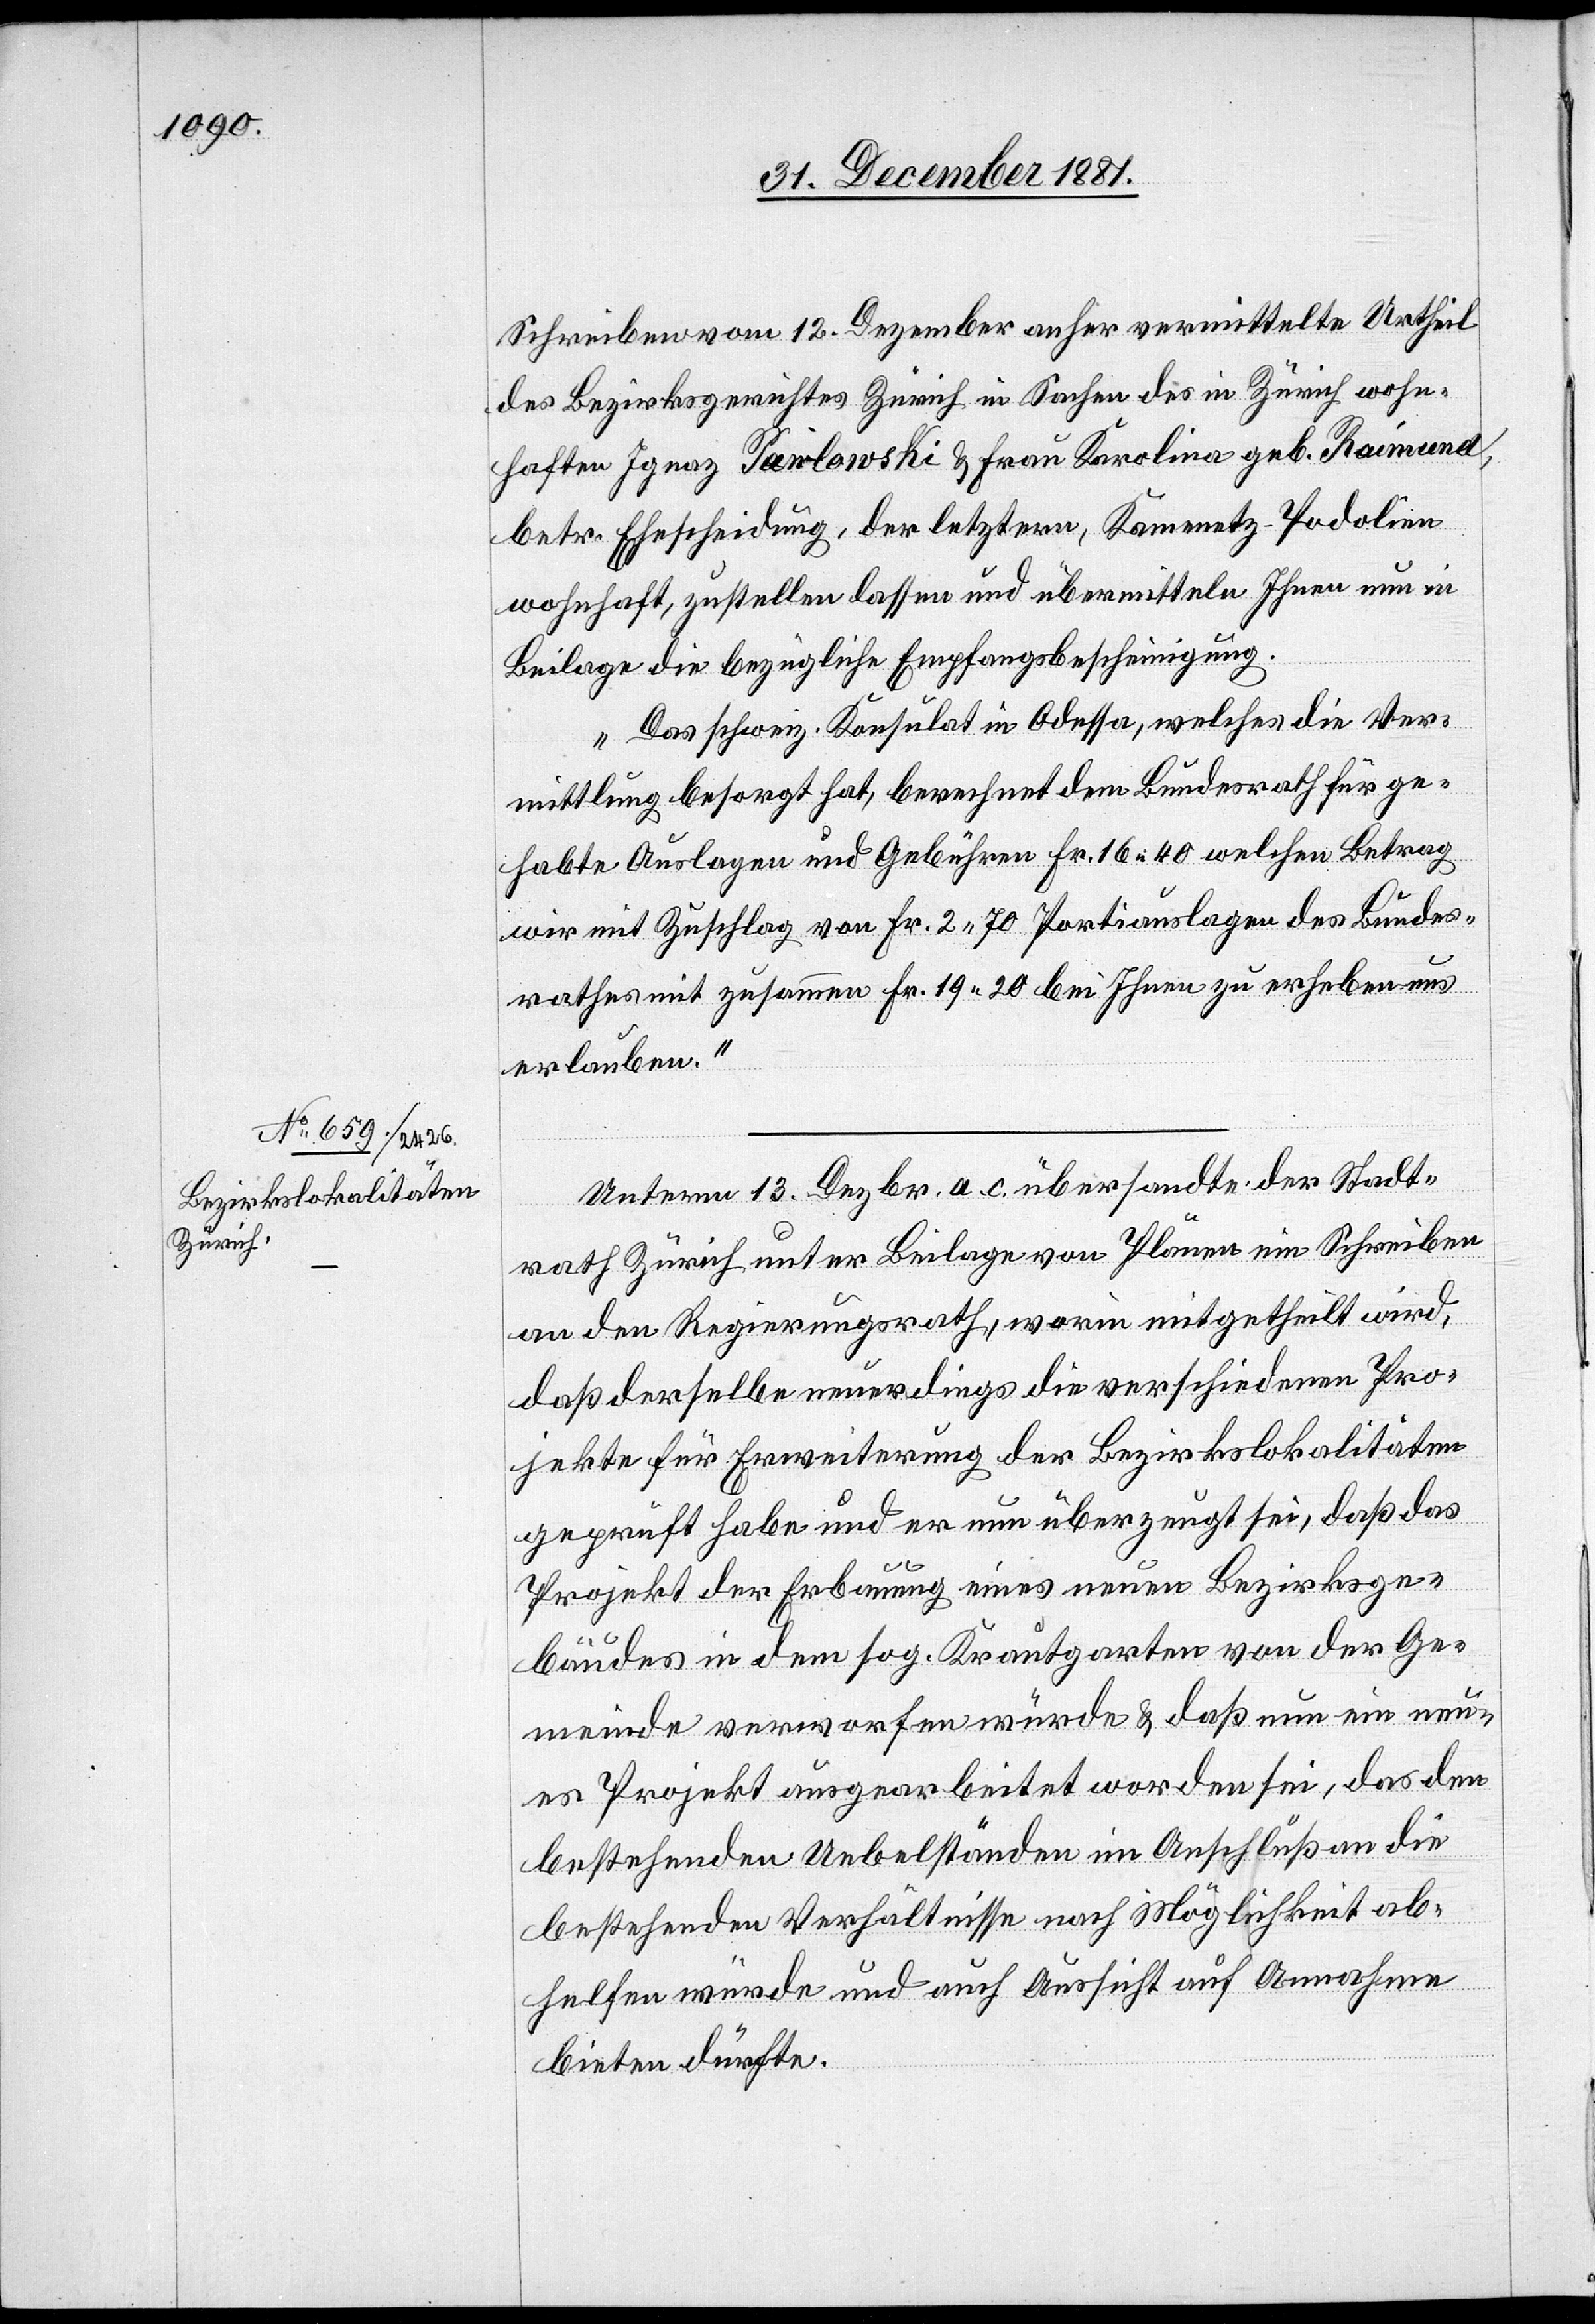
Schreiben vom 12. Dezember anher vermittelte Urtheil
des Bezirksgerichtes Zürich in Sachen des in Zürich wohn¬
haften Pawlowski & Frau Karolina geb. Raimund,
betr. Ehescheidung, der letztern, Kamenetz - Podolien
wohnhaft, zustellen lassen und übermitteln Ihnen nun in
Beilage die bezügliche Empfangsbescheinigung.
Das schweiz. Konsulat in Odessa, welches die Ver¬
mittlung besorgt hat, berechnet dem Bundesrath für ge¬
habte Auslagen und Gebühren Fr. 16 40 welchen Betrag
wir mit Zuschlag von Fr. 2 70 Portiauslagen des Bundes¬
rathes mit zusammen Fr. 19 20 bei Ihnen zu erheben und
erlauben.“
Unterm 13. Dezbr. a. c. übersandte der Stadt¬
rath Zürich unter Beilage von Plänen ein Schreiben
an den Regierungsrath, worin mitgetheilt wird,
daß derselbe neuerdings die verschiedenen Pro¬
jekte für Erweiterung der Bezirkslokalitäten
geprüft habe und er nun überzeugt sei, daß das
4.
Projekt der Erbauung eines neuen Bezirksge¬
bäudes in dem sog. Krautgarten von der Ge¬
meinde verworfen würde & daß nun ein neu¬
es Projekt ausgearbeitet worden sei, das den
bestehenden Uebelständen im Anschluß an die
bestehenden Verhältnisse nach Möglichkeit ab¬
helfen würde und auch Aussicht auf Annahme
bieten dürfte.